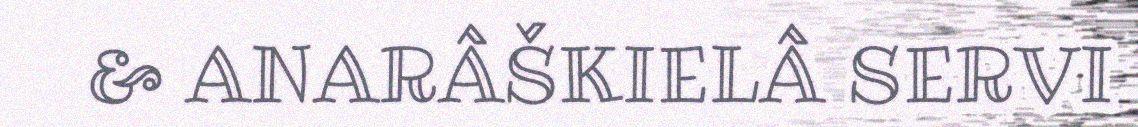
& ANARÂŠKIELÂ SERVI